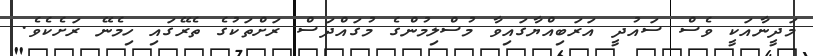
މަދީނާއަކީ ވެސް ސައުދީ އަރަބިއްޔާގައިވާ މުސްލިމުންގެ މުގައްދަސް ރަށްތަކުގެ ތެރޭގައި ހިމެނޭ ރަށެކެވެ.